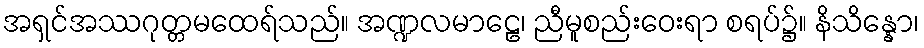
အရှင်အဿဂုတ္တမထေရ်သည်။ အဏ္ဍလမာဠေ၊ ညီမူစည်းဝေးရာ စရပ်၌။ နိသိန္နော၊